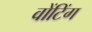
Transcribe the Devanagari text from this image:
वोंटिंग